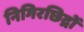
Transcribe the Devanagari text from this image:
निगिरछिद्रों